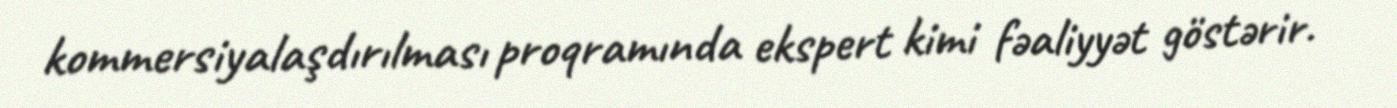
kommersiyalaşdırılması proqramında ekspert kimi fəaliyyət göstərir.